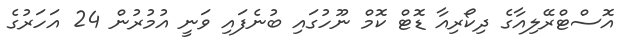
އޮސްޓްރޭލިއާގެ ދިކޯރިއާ ޑޮޓް ކޮމް ނޫހުގައި ބުނެފައި ވަނީ އުމުރުން 24 އަހަރުގެ